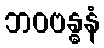
ဘဝဗန္ဓနံ